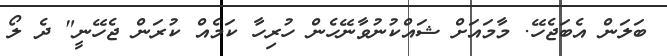
ބަލަން އެބަޖެހޭ. މާމައަށް ޝައްކުނުވާނޭހެން ހުރިހާ ކަމެއް ކުރަން ޖެހޭނީ" ދެ ލޯ